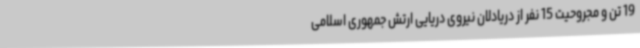
19 تن و مجروحیت 15 نفر از دریادلان نیروی دریایی ارتش جمهوری اسلامی